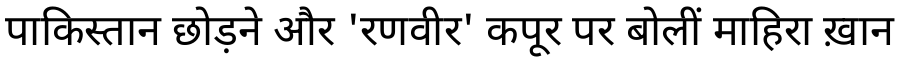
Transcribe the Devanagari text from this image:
पाकिस्तान छोड़ने और 'रणवीर' कपूर पर बोलीं माहिरा ख़ान